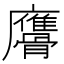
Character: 𩪠